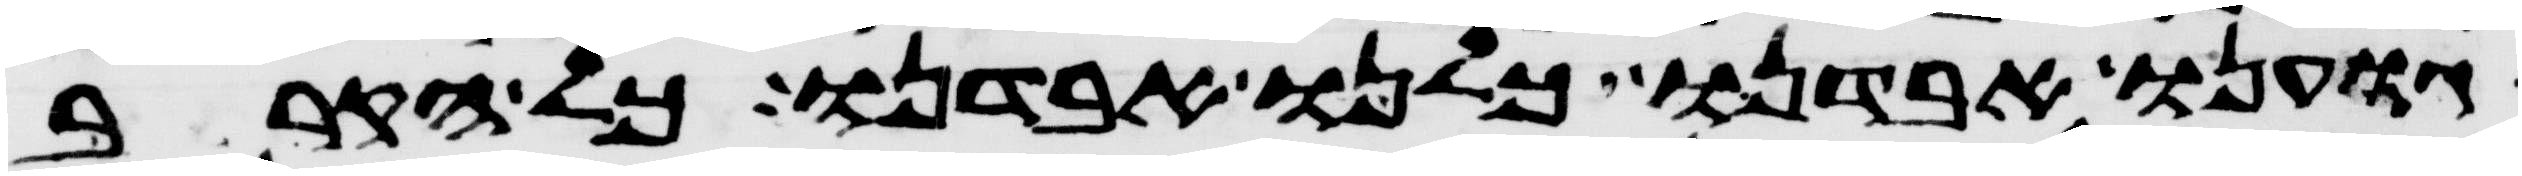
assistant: גוענו אבדנו כלנו אבדנו כל הקרוב